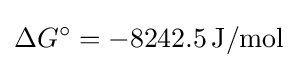
\Delta G^{\circ }=-8242.5\,\mathrm {J/mol}